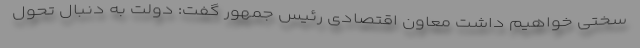
سختی خواهیم داشت معاون اقتصادی رئیس جمهور گفت: دولت به دنبال تحول